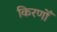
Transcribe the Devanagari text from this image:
किरणोँ